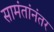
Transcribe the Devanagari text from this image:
सामंतांनंतर